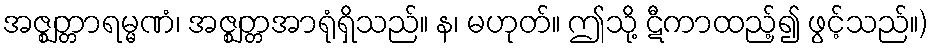
အဇ္ဈတ္တာရမ္မဏံ၊ အဇ္ဈတ္တအာရုံရှိသည်။ န၊ မဟုတ်။ ဤသို့ ဋီကာထည့်၍ ဖွင့်သည်။)